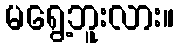
မရွေ့ဘူးလား။